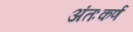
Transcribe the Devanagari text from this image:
अंतःकर्ण